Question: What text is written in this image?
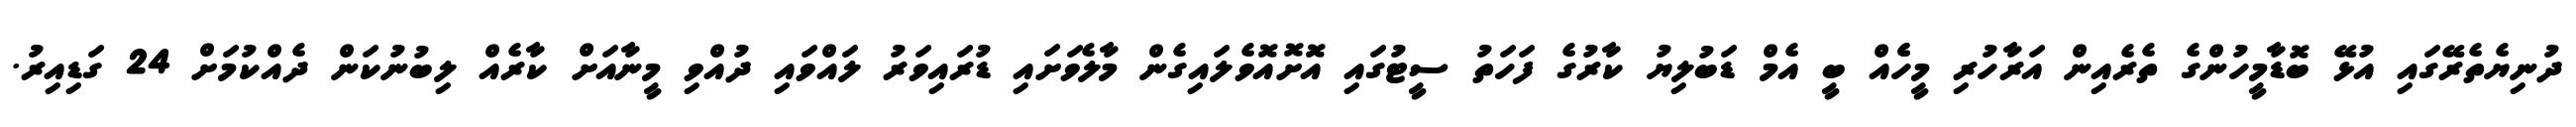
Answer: ދުނިޔެތެރޭގައި އުޅޭ ބޮޑާމީހުންގެ ތެރެއިން އަރާހުރި މީހެެއް ބީ އެމް ޑަބުލިޔު ކާރުގެ ފަހަތު ސީޓުގައި އޮށޮއޮވެލައިގެން މާލެވަށައި ޑުރައިވަރު ލައްވައި ދުއްވި މީނާއަށް ކާރެއް ލިބުނުކަން ދެއްކުމަށް 24 ގަޑިއިރު.